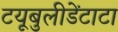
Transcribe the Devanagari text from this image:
टयूबुलीडेंटाटा